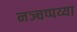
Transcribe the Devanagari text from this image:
नञ्चप्पय्या